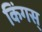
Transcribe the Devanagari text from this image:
किंगस्